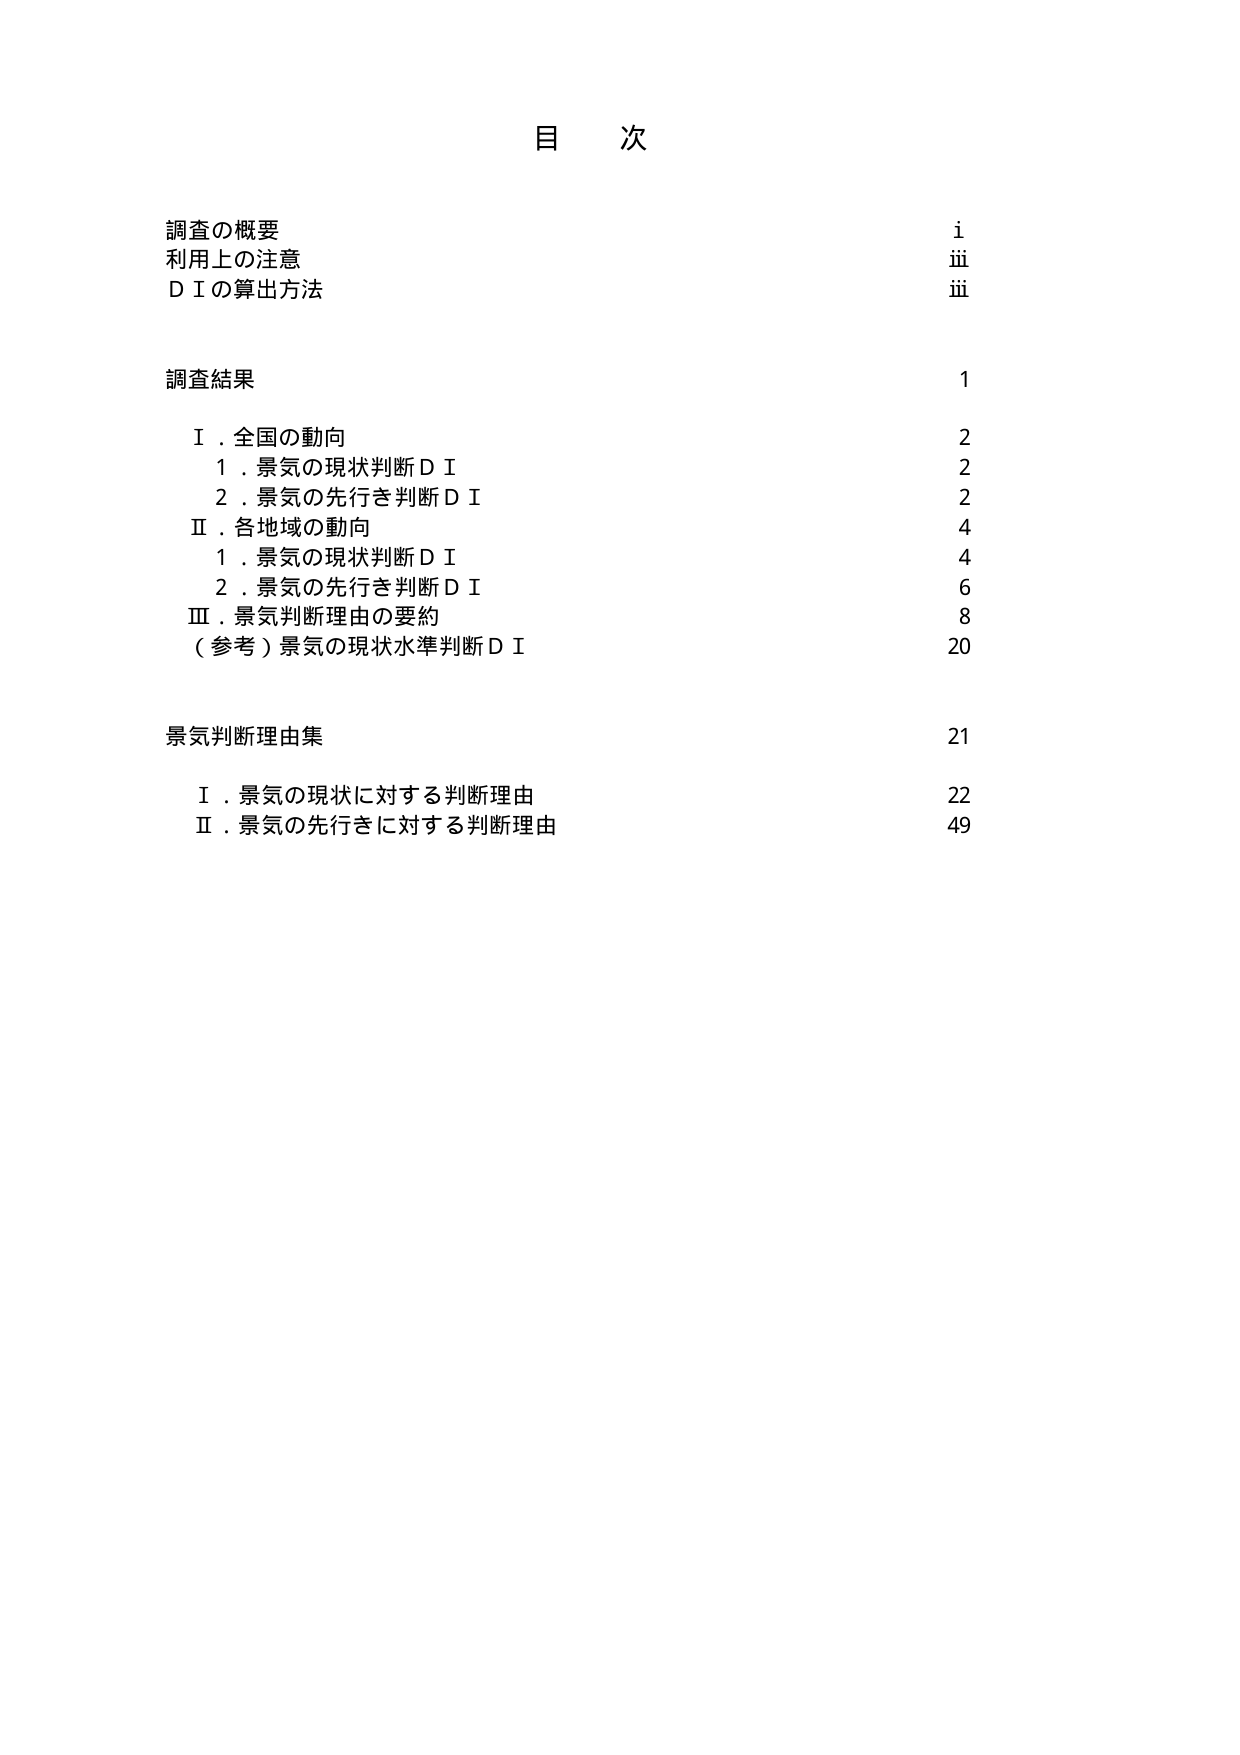
目 次

調査の概要 i
利用上の注意 iii
ＤＩの算出方法 iii

調査結果 1
　Ⅰ．全国の動向 2
　　１．景気の現状判断ＤＩ 2
　　２．景気の先行き判断ＤＩ 2
　Ⅱ．各地域の動向 4
　　１．景気の現状判断ＤＩ 4
　　２．景気の先行き判断ＤＩ 6
　Ⅲ．景気判断理由の要約 8
　（参考）景気の現状水準判断ＤＩ 20

景気判断理由集 21
　Ⅰ．景気の現状に対する判断理由 22
　Ⅱ．景気の先行きに対する判断理由 49